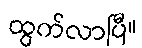
ထွက်လာပြီ။